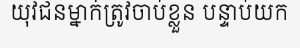
យុវជនម្នាក់ត្រូវចាប់ខ្លួន បន្ទាប់យក